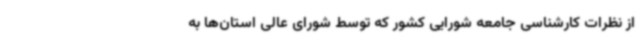
از نظرات کارشناسی جامعه شورایی کشور که توسط شورای عالی استان‌ها به